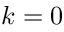
k = 0